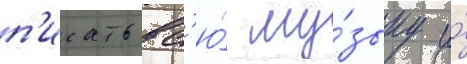
п'исать вс'ю́ му́зыку и́